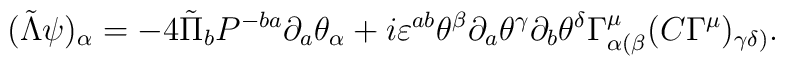
(\tilde\Lambda\psi)_\alpha=-4\tilde\Pi_b P^{-ba}\partial_a\theta_\alpha+i\varepsilon^{ab}\theta^\beta\partial_a\theta^\gamma\partial_b\theta^\delta\Gamma^\mu_{\alpha(\beta}(C\Gamma^\mu)_{\gamma\delta)}.